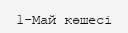
1-Май көшесі